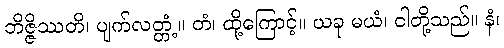
ဘိဇ္ဇိဿတိ၊ ပျက်လတ္တံ့။ တံ၊ ထို့ကြောင့်။ ယခု မယံ၊ ငါတို့သည်။ နံ၊